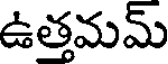
ఉత్తమమ్